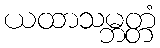
ယထာသမ္ဘတ္တံ